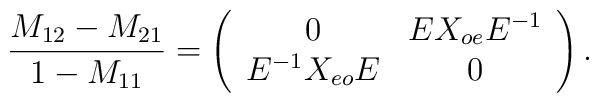
{M_{12} - M_{21} \over 1 - M_{11}}= \left( \begin{array}{cc} 0 & E X_{oe} E^{-1} \\E^{-1} X_{eo} E & 0 \end{array}\right).